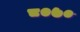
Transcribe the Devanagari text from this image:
८०७०